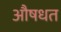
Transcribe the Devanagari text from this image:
औषधत